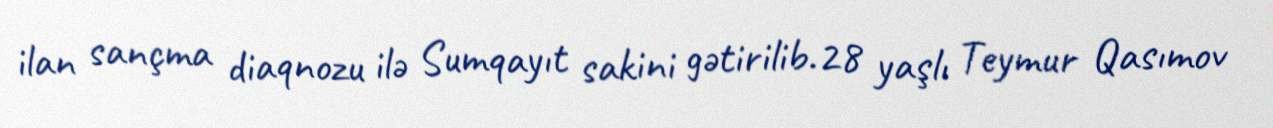
ilan sançma diaqnozu ilə Sumqayıt sakini gətirilib.28 yaşlı Teymur Qasımov